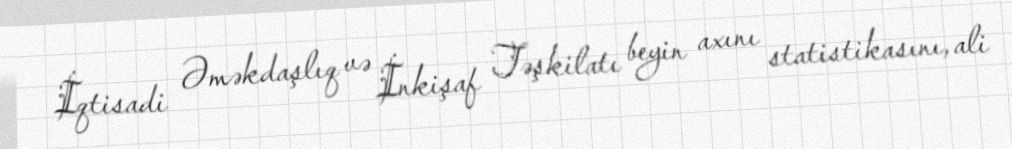
İqtisadi Əməkdaşlıq və İnkişaf Təşkilatı beyin axını statistikasını, ali